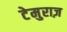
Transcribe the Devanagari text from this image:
टेमुराज़